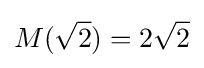
M({\sqrt {2}})=2{\sqrt {2}}